Vaccination in Bombay 1902-1912 - 1902-1912
Year: 1902
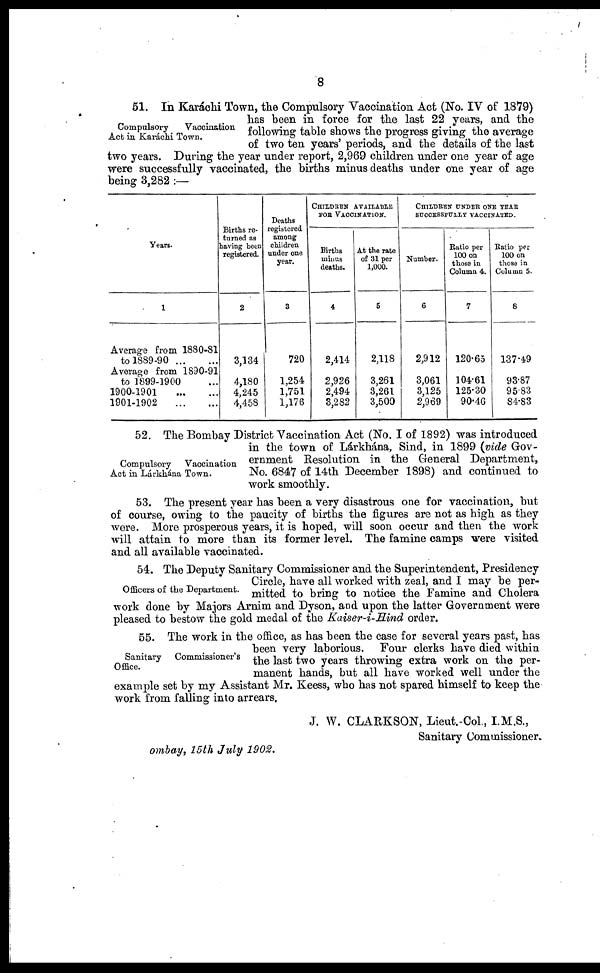
8
Compulsory
Vaccination
Act in Karáchi Town.
51. In Karáchi Town, the Compulsory Vaccination Act (No. IV of 1879)
has been in force for the last 22 years, and the
following table shows the progress giving the average
of two ten years' periods, and the details of the last
two years. During the year under report, 2,969 children under one year of age
were successfully vaccinated, the births minus deaths under one year of age
being 3,282 :—
Years.
1
Average from 1880-81
to
1889-90...
...
Average from 1890-91
to 1899-1900 ...
1900-1901...
...
1901-1902
...
...
Births re-
turned as
having been
registered.
2
3,134
4,180
4,245
4,458
Deaths
registered
among
children
under one
year.
3
720
1,254
1,751
1,176
CHILDREN AVAILABLE
FOR VACCINATION.
Births
minus
deaths.
4
2,414
2,926
2,494
3,282
At the rate
of 31 per
1,000.
5
2,118
3,261
3,261
3,500
CHILDREN UNDER ONE YEAR
SUCCESSFULLY VACCINATED.
Number.
6
2,912
3,061
3,125
2,969
Ratio per
100 on
those in
Column 4.
7
120.65
104.61
125.30
90.46
Ratio per
100 on
those in
Column 5.
8
137.49
93.87
95.83
84.83
Compulsory Vaccination
Act in Lárkhána Town.
52. The Bombay District Vaccination Act (No. I of 1892) was introduced
in the town of Lárkhána, Sind, in 1899 (vide Gov-
ernment Resolution in the General Department,
No. 6847 of 14th December 1898) and continued to
work smoothly.
53. The present year has been a very disastrous one for vaccination, but
of course, owing to the paucity of births the figures are not as high as they
were. More prosperous years, it is hoped, will soon occur and then the work
will attain to more than its former level. The famine camps were visited
and all available vaccinated.
Officers of the Department.
54. The Deputy Sanitary Commissioner and the Superintendent, Presidency
Circle, have all worked with zeal, and I may be per-
mitted to bring to notice the Famine and Cholera
work done by Majors Arnim and Dyson, and upon the latter Government were
pleased to bestow the gold medal of the Kaiser-i-Hind order.
Sanitary Commissioner's
Office.
55. The work in the office, as has been the case for several years past, has
been very laborious. Four clerks have died within
the last two years throwing extra work on the per-
manent hands, but all have worked well under the
example set by my Assistant Mr. Keess, who has not spared himself to keep the
work from falling into arrears.
J. W. CLARKSON, Lieut.-Col., I.M.S.,
Sanitary Commissioner.
ombay, 15 th July 1902.